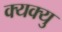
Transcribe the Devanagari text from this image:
क्यक्यु